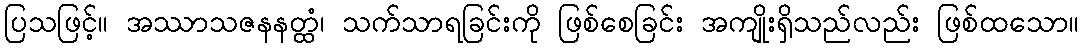
ပြသဖြင့်။ အဿာသဇနနတ္ထံ၊ သက်သာရခြင်းကို ဖြစ်စေခြင်း အကျိုးရှိသည်လည်း ဖြစ်ထသော။